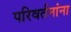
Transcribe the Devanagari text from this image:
परिवर्तनांना